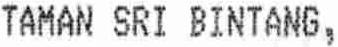
TAMAN SRI BINTANG,